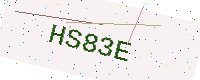
Text: HS83E